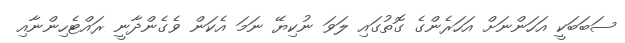
ސަބަބަކީ އަހަންނަށް އަހަރެންގެ ގޮތުގައި ލަވަ ނުކިޔޭ ނަމަ އެކަން ވެގެންދާނީ ރައްޓެހިންނާއި